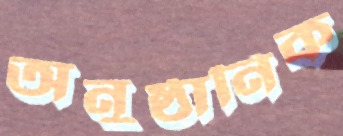
অনুষ্ঠানিক